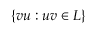
\{ v u : u v \in L \}